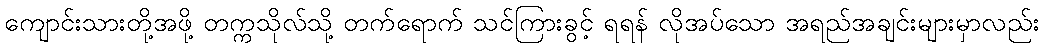
ကျောင်းသားတို့အဖို့ တက္ကသိုလ်သို့ တက်ရောက် သင်ကြားခွင့် ရရန် လိုအပ်သော အရည်အချင်းများမှာလည်း